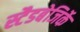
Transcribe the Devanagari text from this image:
स्टैडबेजिर्के